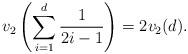
LaTeX: \begin{align*}v_2\left(\sum_{i=1}^{d}\frac{1}{2i-1}\right)=2v_2(d).\end{align*}